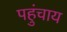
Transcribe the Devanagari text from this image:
पहुंचाय